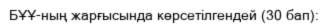
БҰҰ-ның жарғысында көрсетілгендей (30 бап):